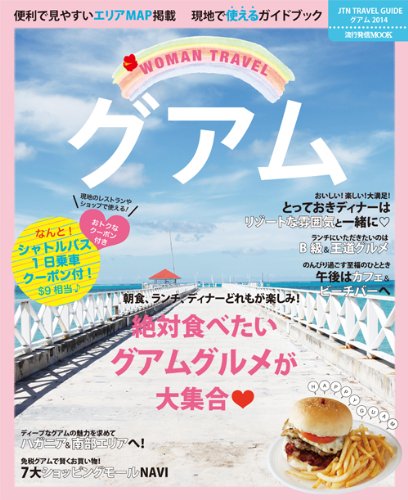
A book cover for WOMAN TRAVEL Guam; 2013. editor: ToÃE"yoÃE": JeÃE"iÃE"nushuppanjigyoÃE"uu)) P; Travel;